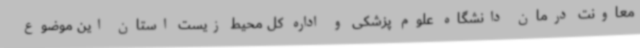
معاونت درمان دانشگاه علوم پزشکی و اداره کل محیط زیست استان این موضوع